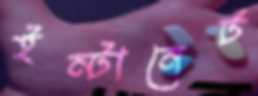
ইন্টানেট